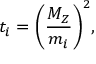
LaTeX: t _ { i } = \biggl ( \frac { M _ { Z } } { m _ { i } } \biggr ) ^ { 2 } ,